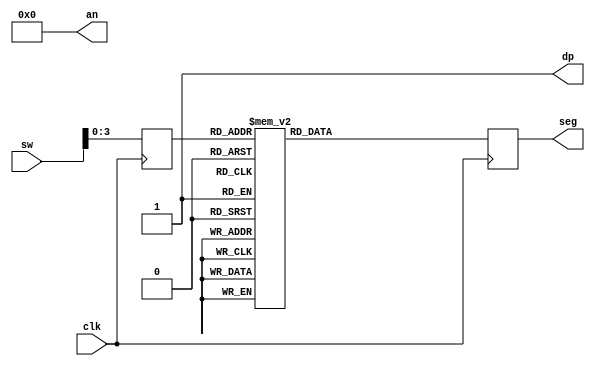
`timescale 1ns / 1ps
//////////////////////////////////////////////////////////////////////////////////
// Company: 
// Engineer: 
// 
// Design Name: 
// Module Name: SSDisp
// Project Name: 
// Target Devices: 
// Tool Versions: 
// Description: 
// 
// Dependencies: 
// 
// Revision:
// Revision 0.01 - File Created
// Additional Comments:
// 
//////////////////////////////////////////////////////////////////////////////////


module SSDisp(input clk,input[15:0] sw,output reg[6:0] seg,output wire[3:0] an,output wire dp);
reg[3:0] digit;
assign dp = 1;
assign an = 4'b0000;
always @(posedge clk)
begin
    digit<=sw[15:0];
    case(digit)
0:seg = 7'b1000000;
1:seg = 7'b1111001;
2:seg = 7'b0100100;
3:seg = 7'b0110000;
4:seg =7'b0011001;
5:seg =7'b0010010;
6:seg =7'b0000010;
7:seg =7'b1111000;
8:seg =7'b0000000;
9:seg =7'b0010000;
default: seg = 7'b0000000;
endcase
end
endmodule